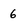
Character: 6